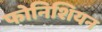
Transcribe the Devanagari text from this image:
फोनिशियन